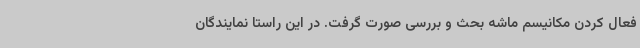
فعال کردن مکانیسم ماشه بحث و بررسی صورت گرفت. در این راستا نمایندگان